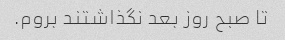
تا صبح روز بعد نگذاشتند بروم.